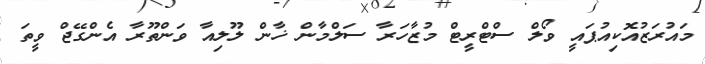
މައުރަޒުއޮކިއުޕައީ ވޯލް ސްޓްރީޓް މުޒާހަރާ ސަލްމާން ޚާން ލޫލިއާ ވަންތޫރާ އެންގޭޖް ވީތަ